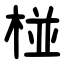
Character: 椪